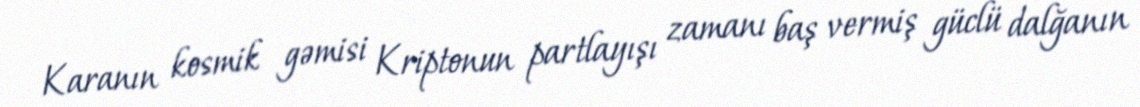
Karanın kosmik gəmisi Kriptonun partlayışı zamanı baş vermiş güclü dalğanın